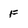
Character: F